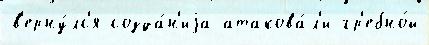
в'ерну́лс'я созда́н'иjа атакова́л'и гр'ебно́й